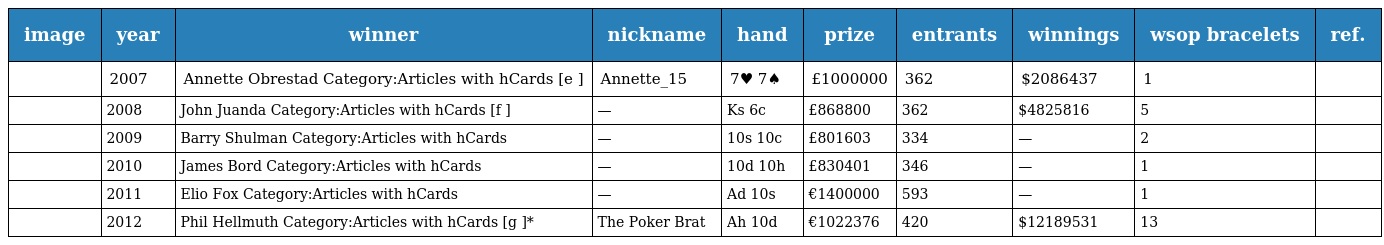
| image | year | winner | nickname | hand | prize | entrants | winnings | wsop bracelets | ref. |
 | --- | --- | --- | --- | --- | --- | --- | --- | --- | --- |
 |  | 2007 | Annette Obrestad Category:Articles with hCards [e ] | Annette_15 | 7♥ 7♠ | £1000000 | 362 | $2086437 | 1 |  |
 |  | 2008 | John Juanda Category:Articles with hCards [f ] | — | Ks 6c | £868800 | 362 | $4825816 | 5 |  |
 |  | 2009 | Barry Shulman Category:Articles with hCards | — | 10s 10c | £801603 | 334 | — | 2 |  |
 |  | 2010 | James Bord Category:Articles with hCards | — | 10d 10h | £830401 | 346 | — | 1 |  |
 |  | 2011 | Elio Fox Category:Articles with hCards | — | Ad 10s | €1400000 | 593 | — | 1 |  |
 |  | 2012 | Phil Hellmuth Category:Articles with hCards [g ]* | The Poker Brat | Ah 10d | €1022376 | 420 | $12189531 | 13 |  |